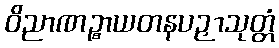
ဝိညာဏဉ္စာယတနပဉှာသုတ္တံ